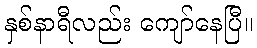
နှစ်နာရီလည်း ကျော်နေပြီ။